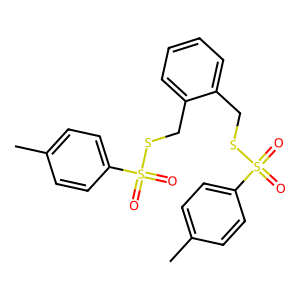
SMILES: Cc1ccc(S(=O)(=O)SCc2ccccc2CSS(=O)(=O)c2ccc(C)cc2)cc1
Inhibits HIV replication: No